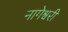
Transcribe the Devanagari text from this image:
नागेश्वरी